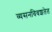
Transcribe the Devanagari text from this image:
व्यसनविवशतेत